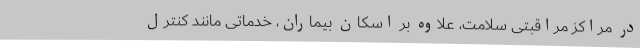
در مراکز مراقبتی سلامت، علاوه بر اسکان بیماران، خدماتی مانند کنترل